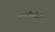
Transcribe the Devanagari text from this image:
बाबतीतदेखील